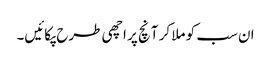
ان سب کو ملا کر آنچ پر اچھی طرح پکائیں۔